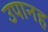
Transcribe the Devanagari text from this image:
उपानह